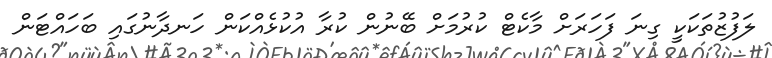
ލަފުޒުތަކަކީ ގިނަ ފަހަރަށް މާކެޓް ކުރުމަށް ބޭނުން ކުރާ އުކުޅެއްކަން ހަނދާނުގައި ބަހައްޓަން